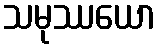
သမုဿယော